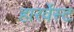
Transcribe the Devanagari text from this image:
हारर्वेस्ट